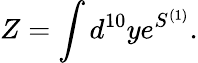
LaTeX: Z=\int d^{10}ye^{S^{(1)}}.